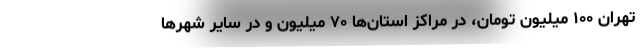
تهران ۱۰۰ میلیون تومان، در مراکز استان‌ها ۷۰ میلیون و در سایر شهرها